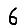
Digit: 6